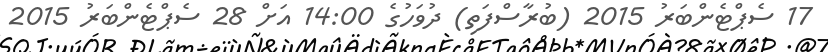
17 ސެޕްޓެންބަރު 2015 (ބުރާސްފަތި) ދުވަހުގެ 14:00 އަށް 28 ސެޕްޓެންބަރު 2015